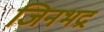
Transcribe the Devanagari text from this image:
जिनभद्र